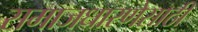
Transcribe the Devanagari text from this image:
समाजधारणेसाठी